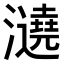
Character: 𤃤